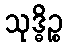
သုဒ္ဓိဉ္စ